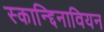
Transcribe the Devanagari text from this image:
स्कान्द्दिनावियन